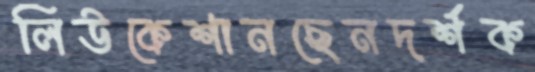
লিউকেশানছেনদর্শক